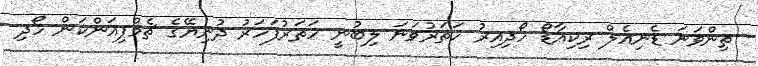
ތިންވަނަ ޑެނިއެލް ރިކިއާޑޯ ހޯދިއިރު ހަތަރުވަނަ ލިބުނީ ހަތަރުފަހަރު ދުނިޔޭގެ ޗެމްޕިއަންކަން ހޯދި